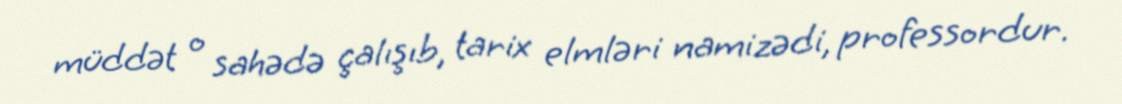
müddət o sahədə çalışıb, tarix elmləri namizədi, professordur.